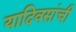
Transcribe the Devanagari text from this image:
यादिवसांची